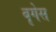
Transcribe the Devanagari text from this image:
बृगेस